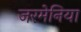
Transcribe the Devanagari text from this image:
जरमेनिया